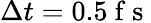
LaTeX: \Delta t=0.5\mathrm{~f~s~}